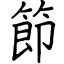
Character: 節